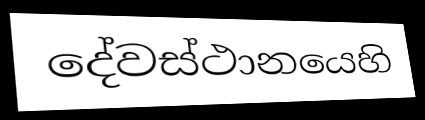
දේවස්ථානයෙහි